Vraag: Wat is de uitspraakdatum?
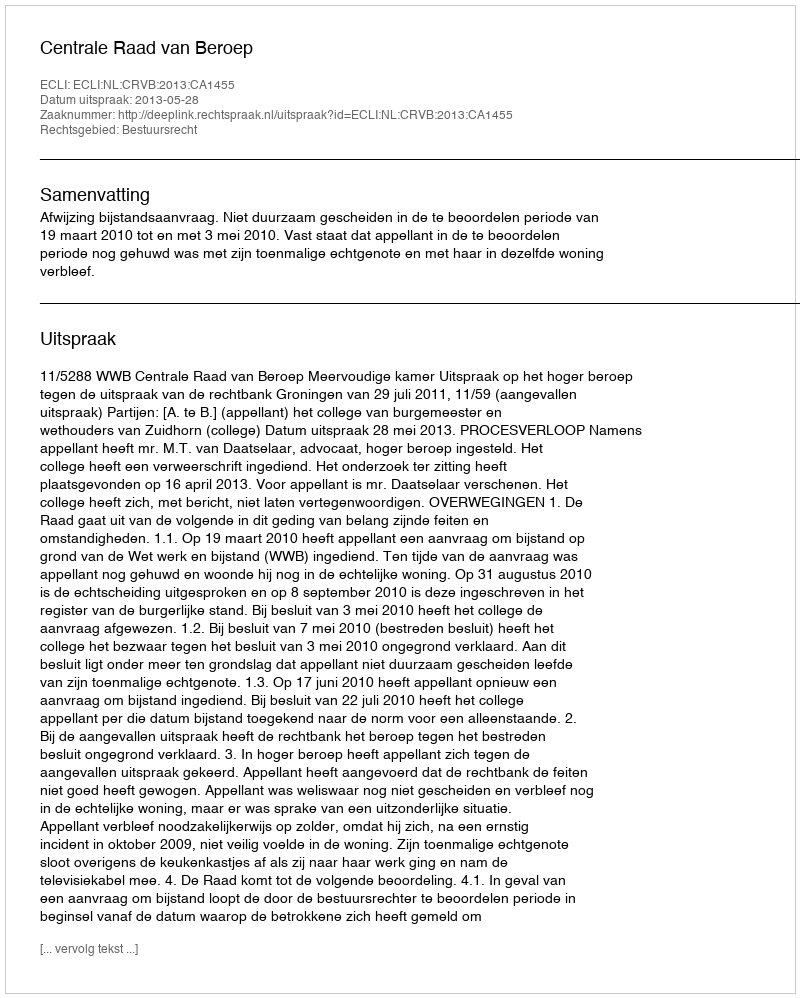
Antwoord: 2013-05-28